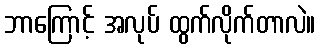
ဘာကြောင့် အလုပ် ထွက်လိုက်တာလဲ။